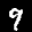
Label: 9